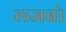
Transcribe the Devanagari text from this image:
लजबो